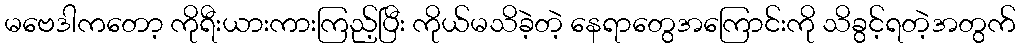
မဗေဒါကတော့ ကိုရီးယားကားကြည့်ပြီး ကိုယ်မသိခဲ့တဲ့ နေရာတွေအကြောင်းကို သိခွင့်ရတဲ့အတွက်